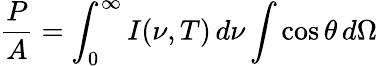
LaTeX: {\frac{P}{A}}=\int_{0}^{\infty}I(\nu,T)\, d\nu\int\cos\theta\, d\Omega